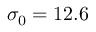
\sigma _ { 0 } = 1 2 . 6